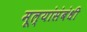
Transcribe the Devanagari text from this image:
मूल्यांसंबंधी